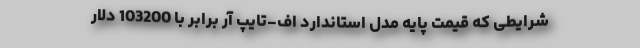
شرایطی که قیمت پایه مدل استاندارد اف-تایپ آر برابر با 103200 دلار